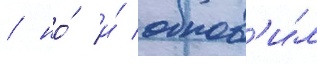
/ но́ и́ обнов'и́л